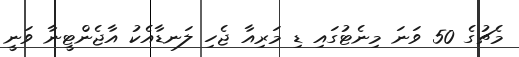
މެޗުގެ 50 ވަނަ މިނެޓުގައި ޑި މަރިއާ ޖެހި ލަނޑާއެކު އާޖެންޓީނާ ވަނީ